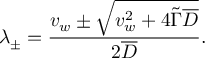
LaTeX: \lambda _ { \pm } = \frac { v _ { w } \pm \sqrt { v _ { w } ^ { 2 } + 4 \widetilde { \Gamma } \overline { { { D } } } } } { 2 \overline { { { D } } } } .